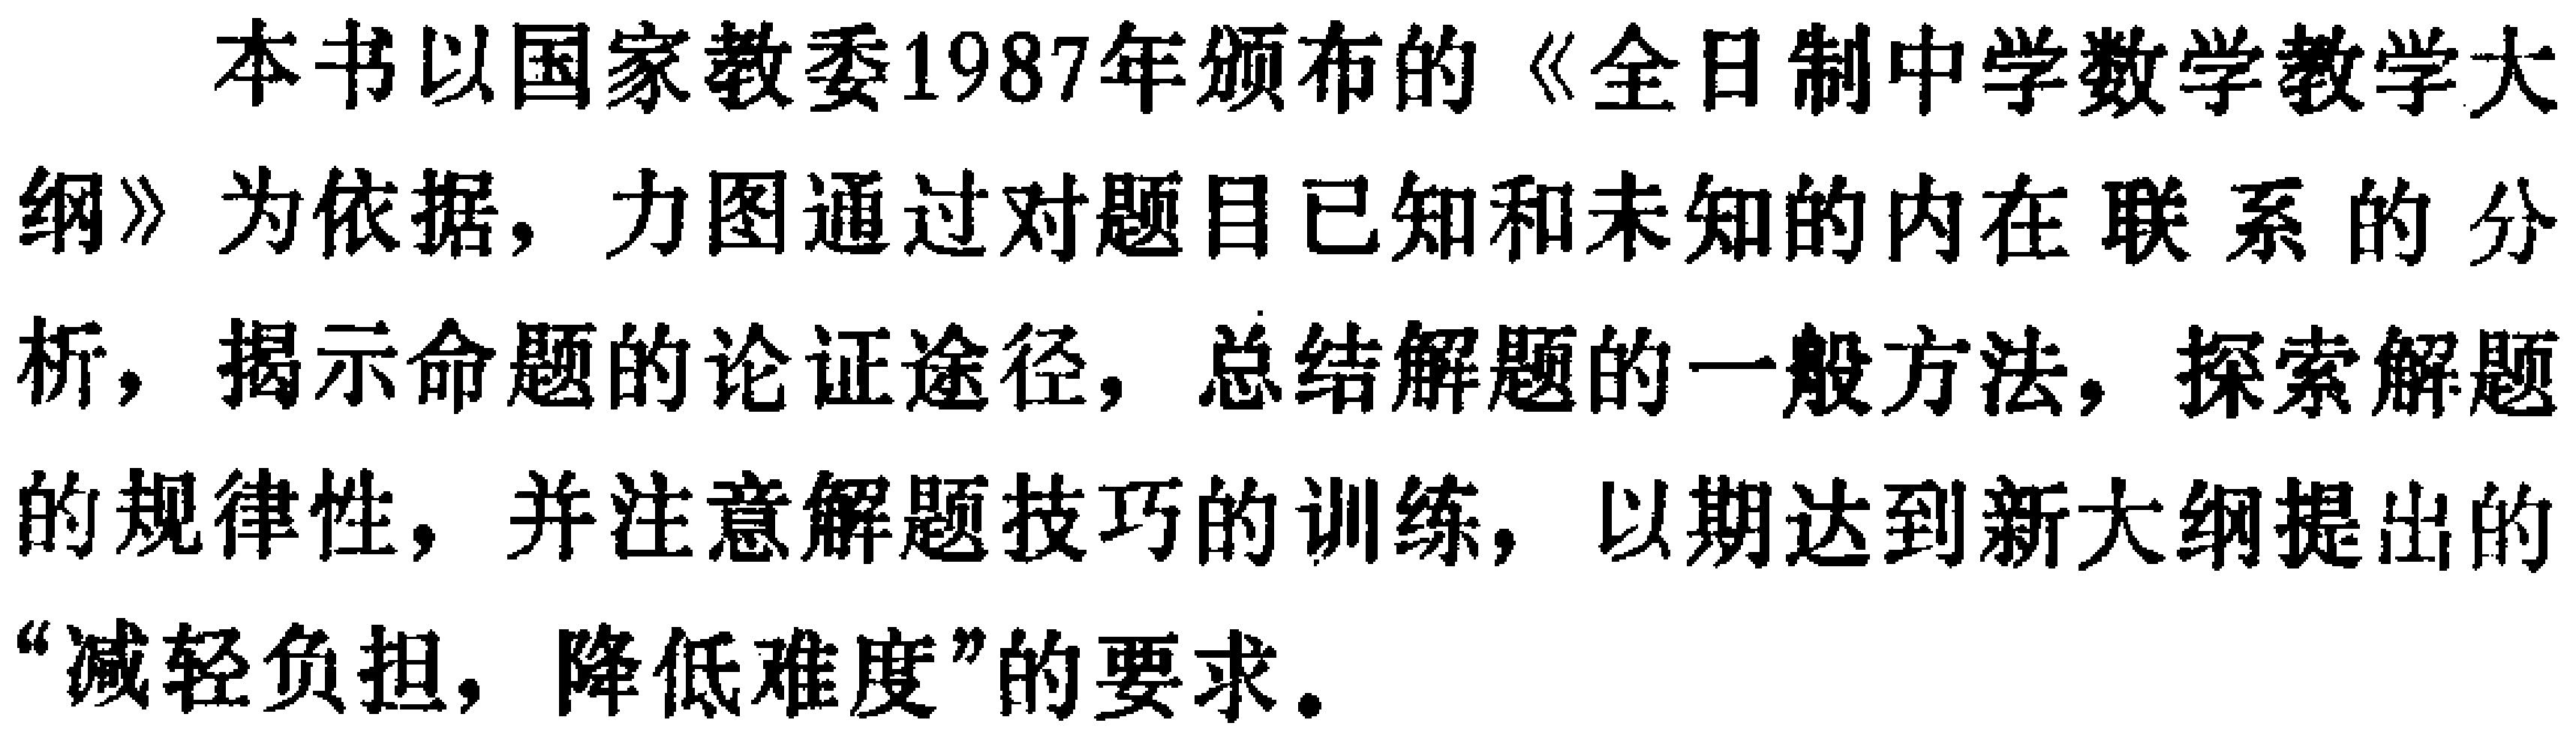
本书以国家教委1987年颁布的《全日制中学数学教学大纲》为依据，力图通过对题目已知和未知的内在联系的分析，揭示命题的论证途径，总结解题的一般方法，探索解题的规律性，并注意解题技巧的训练，以期达到新大纲提出的“减轻负担，降低难度”的要求。